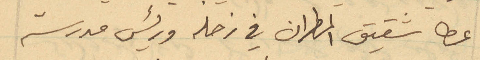
عطا شقيق المطران في زحله ورئيس مدرسة